King Institute of Preventive Medicine Micro-Biological Section reports 1912-19
Year: 1912
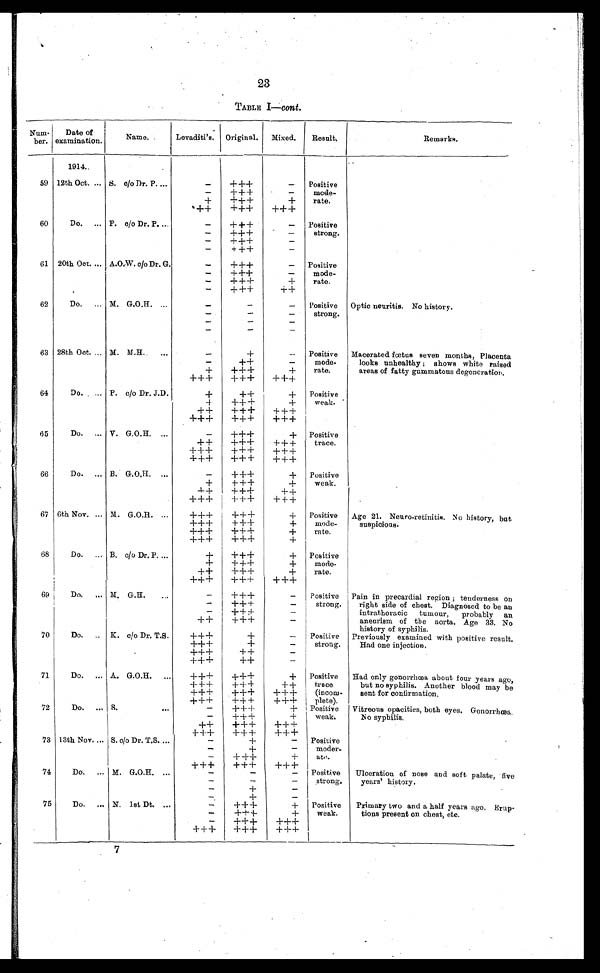
23
TABLE I—cont .
Num-
ber.
Date of
examination.
Name.
Levaditi's. Original. Mixed.
Result.
Remarks.
1914.
59 12th Oct. ... S. c/o Dr. P....
-
+++
- Positive
mode-
rate.
-
+++
-
+
+++
+
++
+++
+++
60
Do. ... P. c/o Dr. P. ...
-
+++
- Positive
strong.
-
+++
-
-
+++
-
-
+++
-
61 20th Oct. ... A.O.W. c/o Dr. G.
-
+ + +
- Positive
mode-
rate.
-
+++
-
-
+++
+
-
+++
++
62
Do. ... M. G.O.H. ...
-
-
- Positive
strong.
Optic neuritis. No history.
-
-
-
-
-
-
-
-
-
63 28th Oct. ... M. M.H.
...
-
+
- Positive
mode-
rate.
Macerated fœtus seven months, Placenta
looks unhealthy ; shows white raised
areas of fatty gummatous degeneration.
-
++
-
+
+++
+
+++
+++
+++
64
Do. ... P. c/o Dr. J.D.
+
++
+ Positive
weak.
+
+++
+
++
+++
+++
+++
+++
+++
65
Do. ... V. G.O.H. ...
-
+++
+ Positive
trace.
++
+++
+++
+++
+++
+++
+++
+++
+++
66
Do. ... B. G.O.H. ...
-
+++
+ Positive
weak.
+
+++
±
++
+++
++
+++
+++
+++
67 6th Nov. ... M. G.O,H. ...
+++
+++
+ Positive
mode-
rate.
Age 21. Neuro-retinitis. No history, but
suspicious.
+++
+++
+
+++
+++
+
+++
+++
+
68
Do. ... B. c/o Dr. P. ...
+
+++
+ Positive
mode-
rate.
+
±++
+
++
+++
+
+++
+++
+++
69
Do. ... M. G.H. ...
-
+ + +
- Positive
strong.
Pain in precardial region ; tenderness on
right side of chest. Diagnosed to be an
intrathoracic tumour, probably an
aneurism of the aorta. Age 33. No
history of syphilis.
-
+++
-
-
+++
-
++
+++
-
70
Do.
K. c/o Dr. T.S.
+++
+
- Positive
strong.
Previously examined with positive result.
Had one injection.
+++
+
-
+++
++
-
+++
++
-
71
Do. ... A. G.O.H.
+++
+++
+ Positive
trace
(incom-
plete).
Had only gonorrhœa about four years ago,
but no syphilis. Another blood may be
sent for confirmation.
+++
+++
++
+++
+++
+++
+++
+++
+++
72
Do. ...
S. ...
-
+++
+ Positive
weak.
Vitreous opacities, both eyes. Gonorrhœa.
No syphilis.
-
+++
+
++
+++
+++
+++
+++
+++
73
1 3 t h N o v . . . .
S. c/o Dr. T.S. ...
-
+
- Positive
moder-
ate.
-
+
-
-
+++
+
+++
+++
+++
74
Do. . . . M. G.O.H.
-
-
- Positive
strong.
Ulceration of nose and soft palate, five
years' history.
-
-
-
-
+
-
-
+
-
75
Do.
N. 1st Dt.
-
+++
+ Positive
weak.
Primary two and a half years ago. Erup-
tions present on chest, etc.
-
+ + +
+
-
+++
+++
+++
+++
+++
7